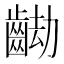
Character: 𪘖